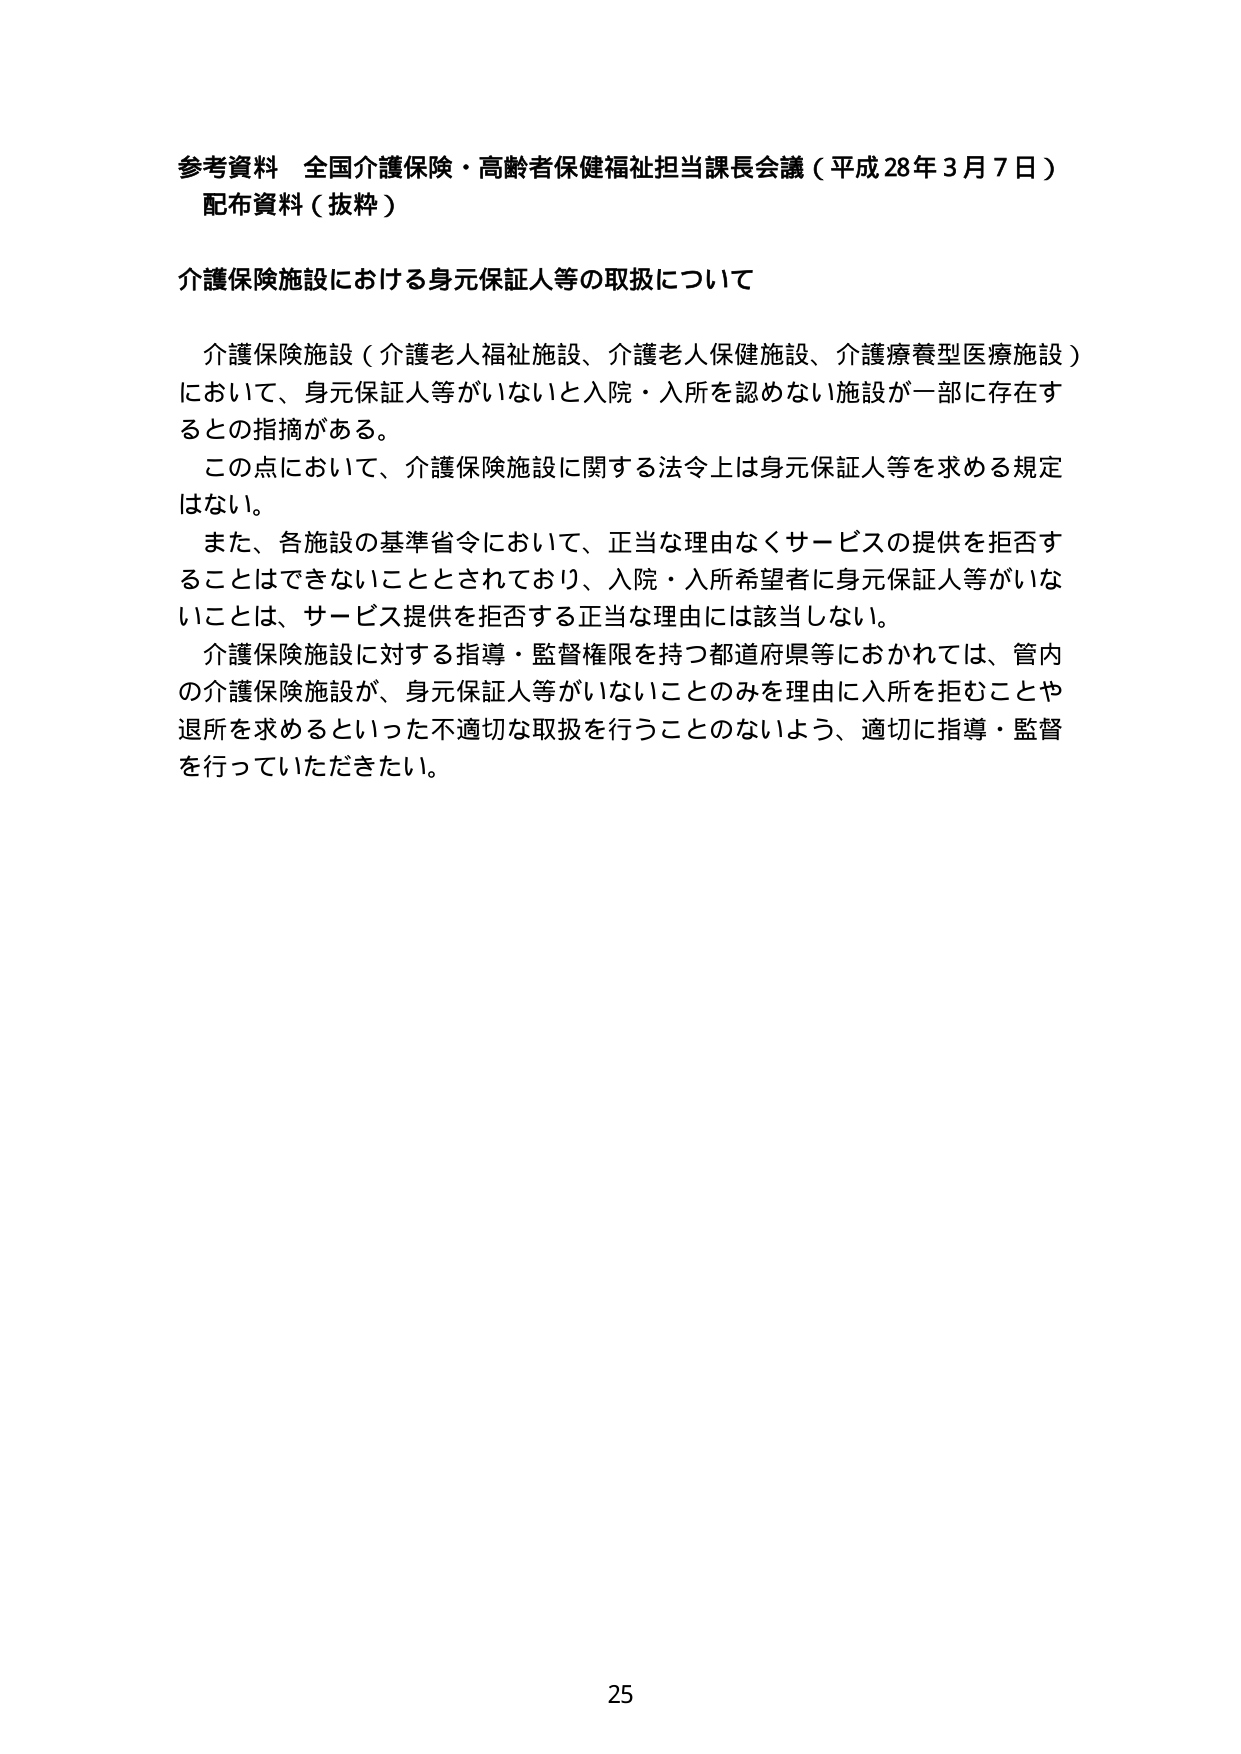
参考資料 全国介護保険・高齢者保健福祉担当課長会議（平成28年3月7日）
配布資料（抜粋）

介護保険施設における身元保証人等の取扱について

介護保険施設（介護老人福祉施設、介護老人保健施設、介護療養型医療施設）
において、身元保証人等がいないと入院・入所を認めない施設が一部に存在す
るとの指摘がある。
この点において、介護保険施設に関する法令上は身元保証人等を求める規定
はない。
また、各施設の基準省令において、正当な理由なくサービスの提供を拒否す
ることはできないこととされており、入院・入所希望者に身元保証人等がいな
いことは、サービス提供を拒否する正当な理由には該当しない。
介護保険施設に対する指導・監督権限を持つ都道府県等におかれては、管内
の介護保険施設が、身元保証人等がいないことのみを理由に入所を拒むことや
退所を求めるといった不適切な取扱を行うことのないよう、適切に指導・監督
を行っていただきたい。

25